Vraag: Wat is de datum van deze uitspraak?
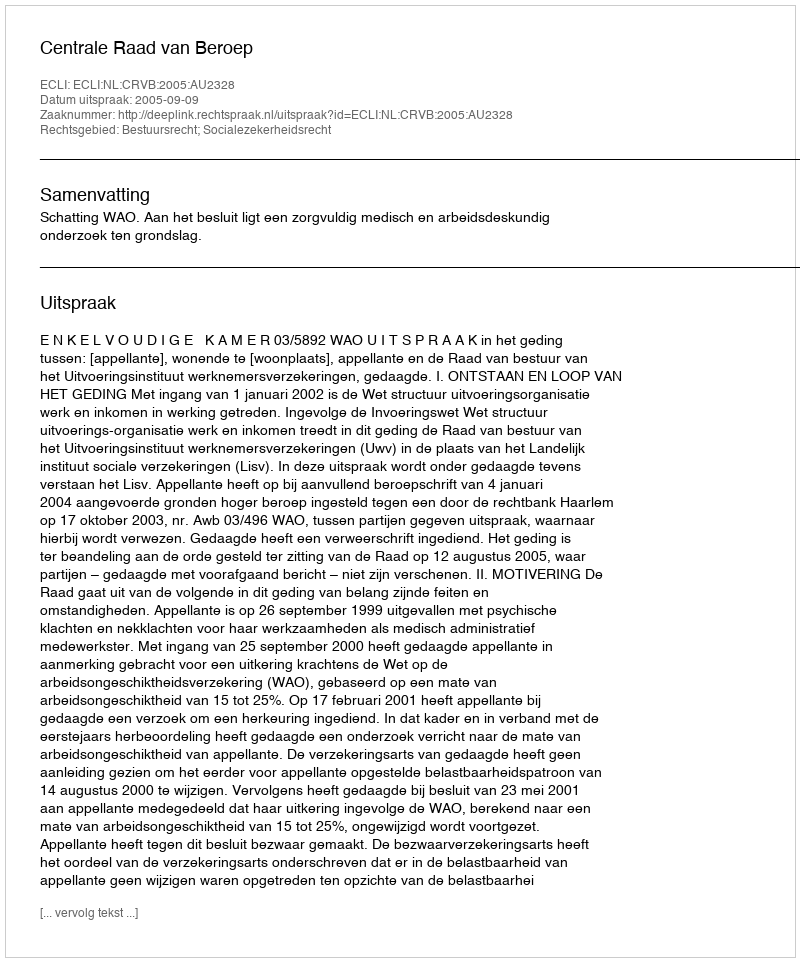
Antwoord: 2005-09-09